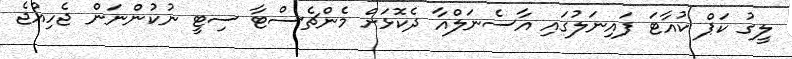
ލީގު ކަޕް ކުއާޓަ ފައިނަލުގައި އާސެނަލްއާ ދެކޮޅަށް މެންޗެސްޓާ ސިޓީ ނުކުންނަން ޖެހިއްޖެ